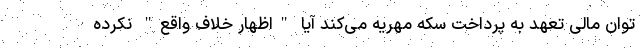
توان مالی تعهد به پرداخت سکه مهریه می‌کند آیا "اظهار خلاف واقع" نکرده